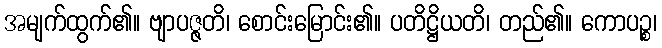
အမျက်ထွက်၏။ ဗျာပဇ္ဇတိ၊ စောင်းမြောင်း၏။ ပတိဋ္ဌိယတိ၊ တည်၏။ ကောပဉ္စ၊